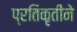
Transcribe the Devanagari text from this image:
प्रतिकृतीने